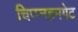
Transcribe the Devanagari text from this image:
चिप्प्नहमगेट